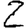
Digit: 2